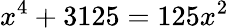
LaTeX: x^{4}+3125=125x^{2}